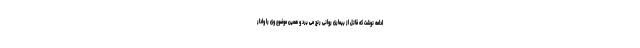
ادامه نوشت که قاتل از بیماری روانی رنج می برد و همین موضوع وی را وادار